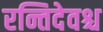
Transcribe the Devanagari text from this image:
रन्तिदेवश्च